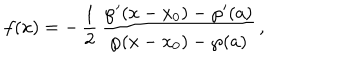
f ( x ) = - \, \frac { 1 } { 2 } \, { \frac { \wp ^ { \prime } ( x - x _ { 0 } ) - \wp ^ { \prime } ( a ) } { \wp ( x - x _ { 0 } ) - \wp ( a ) } } \, ,